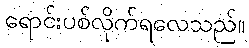
ရောင်းပစ်လိုက်ရလေသည်။